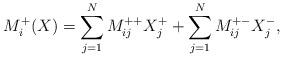
LaTeX: \begin{align*} M_i^{+}( X) = \sum_{j=1}^N M_{ij}^{++} X_j^+ + \sum_{j=1}^N M_{ij}^{+-} X_j^- , \end{align*}